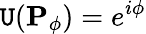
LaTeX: \mathtt{U}(\mathbf{{P}}_{\phi})=e^{i\phi}